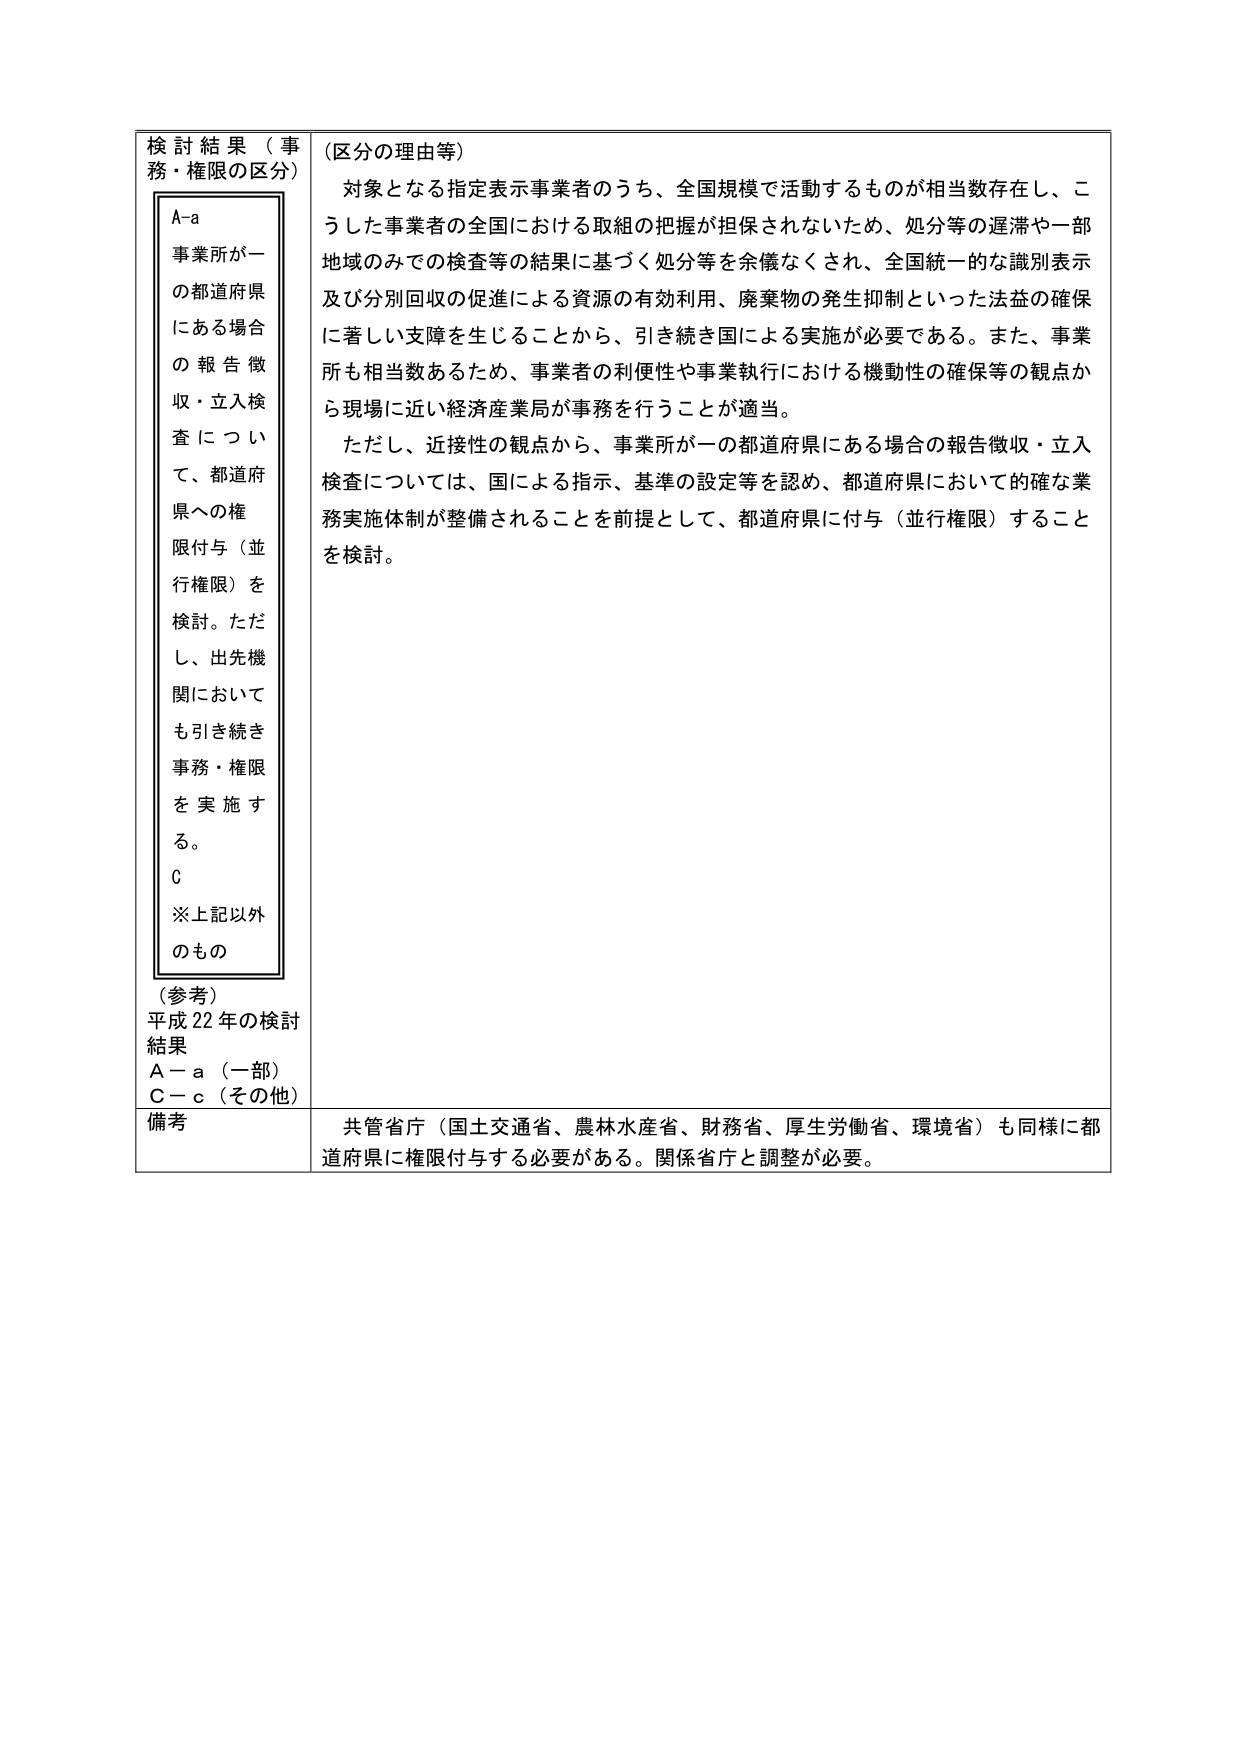
検討結果（事務・権限の区分）

A-a
事業所が一の都道府県にある場合の報告徴収・立入検査について、都道府県への権限付与（並行権限）を検討。ただし、出先機関においても引き続き事務・権限を実施する。
C
※上記以外のもの

（参考）
平成22年の検討結果
A－a（一部）
C－c（その他）

（区分の理由等）
対象となる指定表示事業者のうち、全国規模で活動するものが相当数存在し、こうした事業者の全国における取組の把握が担保されないため、処分等の遅滞や一部地域のみでの検査等の結果に基づく処分等を余儀なくされ、全国統一的な識別表示及び分別回収の促進による資源の有効利用、廃棄物の発生抑制といった法益の確保に著しい支障を生じることから、引き続き国による実施が必要である。また、事業所も相当数あるため、事業者の利便性や事業執行における機動性の確保等の観点から現場に近い経済産業局が事務を行うことが適当。
ただし、近接性の観点から、事業所が一の都道府県にある場合の報告徴収・立入検査については、国による指示、基準の設定等を認め、都道府県において的確な業務実施体制が整備されることを前提として、都道府県に付与（並行権限）することを検討。

備考
共管省庁（国土交通省、農林水産省、財務省、厚生労働省、環境省）も同様に都道府県に権限付与する必要がある。関係省庁と調整が必要。